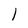
Character: l